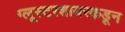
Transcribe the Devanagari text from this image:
ग्लूस्टरशायरकडून